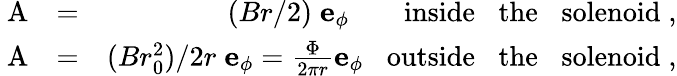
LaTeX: \begin{array}{rlr}{\mathrm{\mathbf~A}}&{=}&{(Br/2)\; {\mathbf e}_{\phi}\; \; \; \; \; \; \; \mathrm{inside\; \; \; the\; \; \; solenoid}\; ,}\\ {\mathrm{\mathbf~A}}&{=}&{(Br_{0}^{2})/2r\; {\mathbf e}_{\phi}=\frac{\Phi}{2\pi r}{\mathbf e}_{\phi}\; \; \; \mathrm{outside\; \; \; the\; \; \; solenoid}\; ,}\end{array}